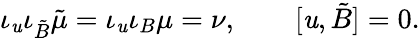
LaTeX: \iota_{\mathit{u}}\iota_{{\tilde{{B}}}}{\tilde{{\mu}}}=\iota_{\mathit{u}}\iota_{B}\mu=\nu,\qquad[\mathit{u},{\tilde{{B}}}]=0.